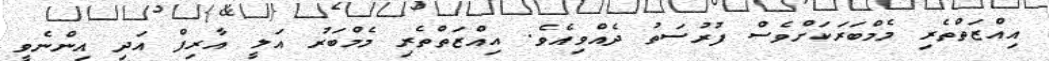
އިއްޒަތްތެރި މެމްބަރަކަށްވެސް ފުރުސަތު ދެއްވިއެވެ. އިއްޒަތްތެރި މެމްބަރު އަލީ އާރިފް އަދި އިންނެވީ